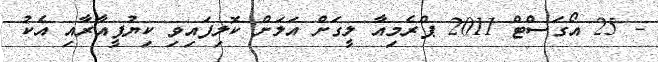
- 25 އޯގަސްޓް 2011 ޕްރެމިއާ ލީގަށް އަލަށް ކޮލިފައިވި ކިޔުޕީއާރާއި އެކު